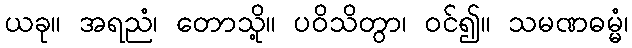
ယခု။ အရညံ၊ တောသို့။ ပဝိသိတွာ၊ ဝင်၍။ သမဏဓမ္မံ၊